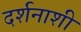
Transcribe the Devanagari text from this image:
दर्शनाशी